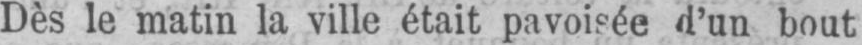
Dès le matin la ville était pavoisée d’un bout